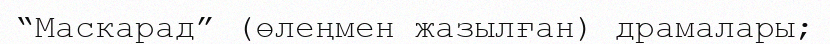
“Маскарад” (өлеңмен жазылған) драмалары;